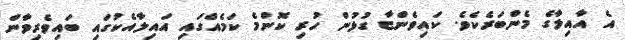
އެ އާއިލާގެ މެންބަރެކެވެ. ކައިވެންޏާ ގުޅުން ހުރި ކޮންމެ ކަމެއްގައި އައިލާއެކުގައި ބައިވެރިވާން